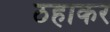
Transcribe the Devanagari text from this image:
ठहाकर